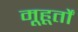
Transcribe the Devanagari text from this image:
मूहूर्तों